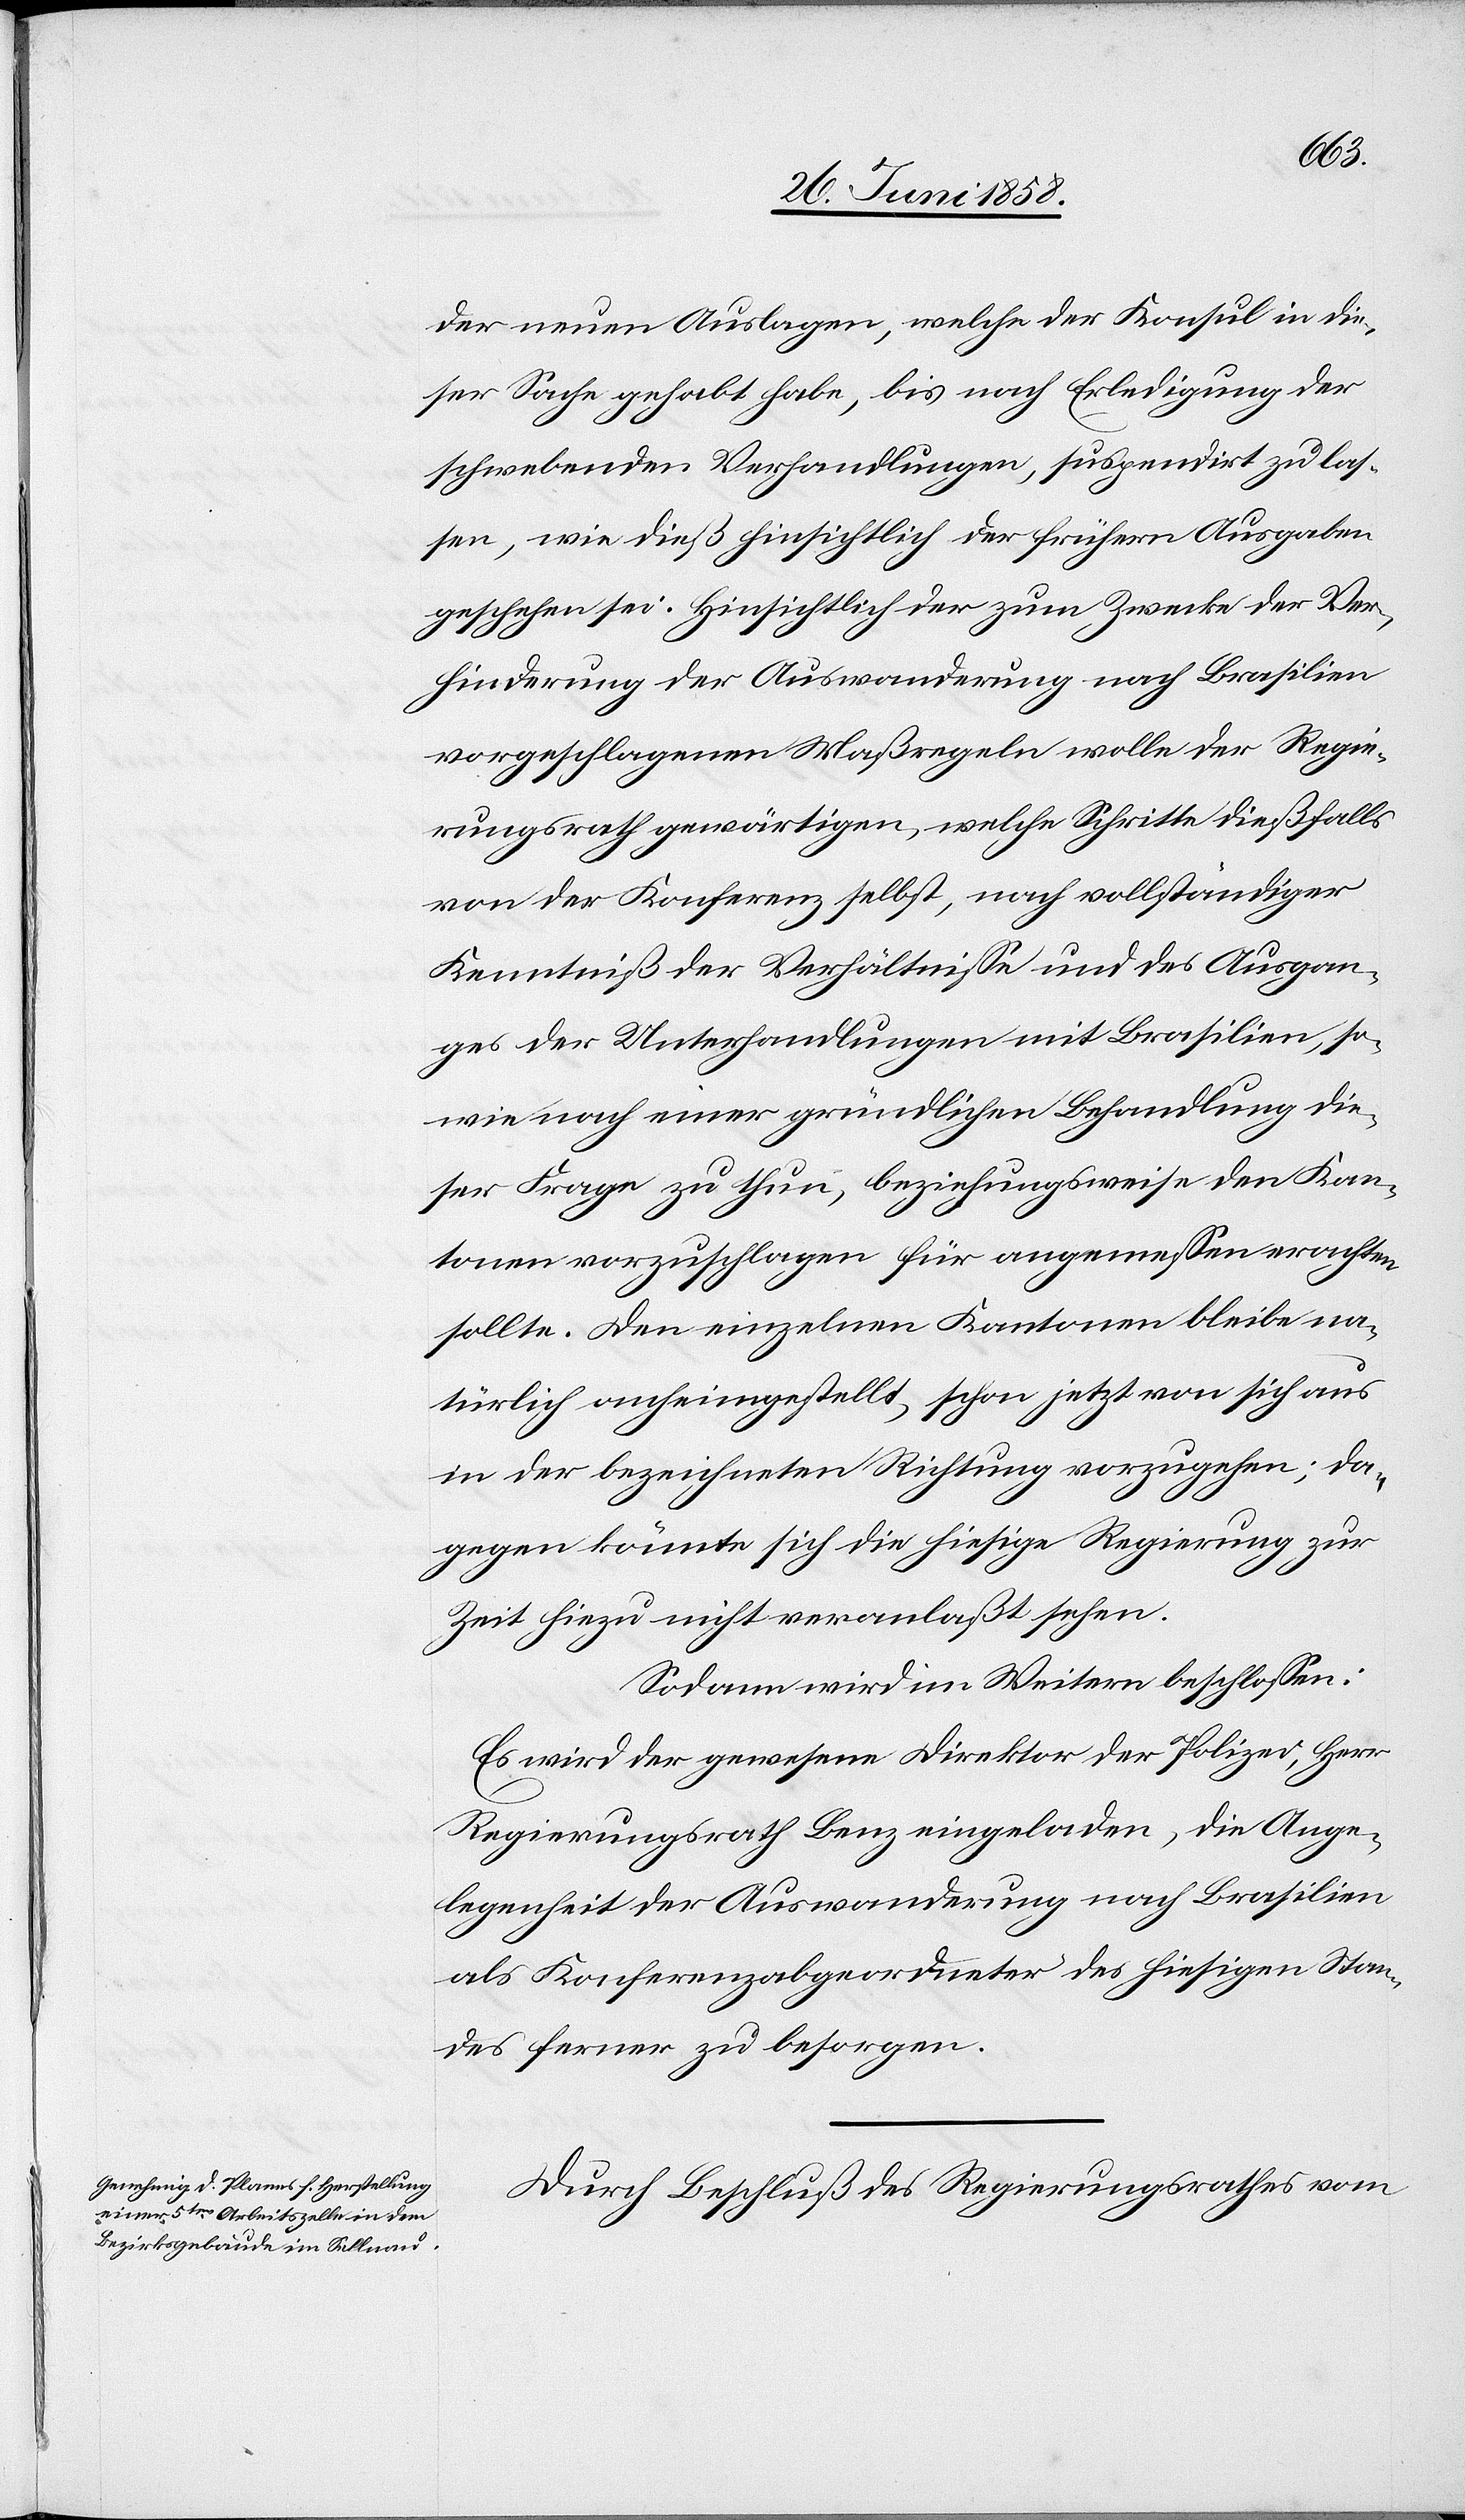
der neuen Auslagen, welche der Konsul in die¬
ser Sache gehabt habe, bis nach Erledigung der
schwebenden Verhandlungen, suspendirt zu las¬
sen, wie dieß hinsichtlich der frühern Ausgaben
geschehen sei. Hinsichtlich der zum Zwecke der Ver¬
hinderung der Auswanderung nach Brasilien
vorgeschlagenen Maßregeln wolle der Regie¬
rungsrath gewärtigen, welche Schritte dießfalls
von der Konferenz selbst, nach vollständiger
Kenntniß der Verhältnisse und des Ausgan¬
ges der Unterhandlungen mit Brasilien, so¬
wie nach einer gründlichen Behandlung die¬
ser Frage zu thun, beziehungsweise den Kan¬
tonen vorzuschlagen für angemessen erachten
sollte. Den einzelnen Kantonen bleibe na¬
türlich anheimgestellt, schon jetzt von sich aus
in der bezeichneten Richtung vorzugehen; da¬
gegen könnte sich die hiesige Regierung zur
Zeit hiezu nicht veranlaßt sehen.
Sodann wird im Weitern beschlossen:
Es wird der gewesene Direktor der Polizei, Herr
Regierungsrath Benz eingeladen, die Ange¬
legenheit der Auswanderung nach Brasilien
als Konferenzabgeordneter des hiesigen Stan¬
des ferner zu besorgen.
Durch Beschluß des Regierungsrathes vom